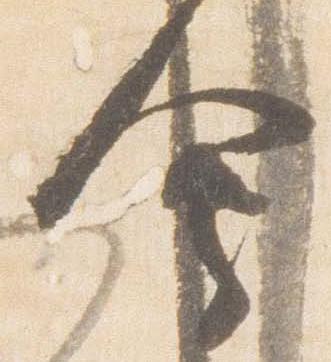
会